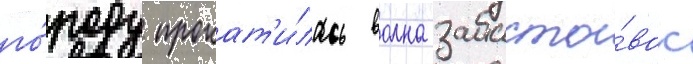
го́роду прокат'и́лась волна забасто́вок